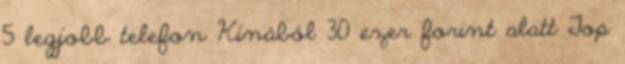
5 legjobb telefon Kínából 30 ezer forint alatt Top